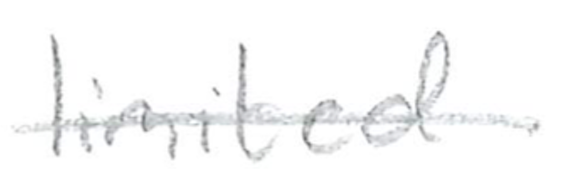
Text: limited
Cross-out: single-line
Writing tool: pencil